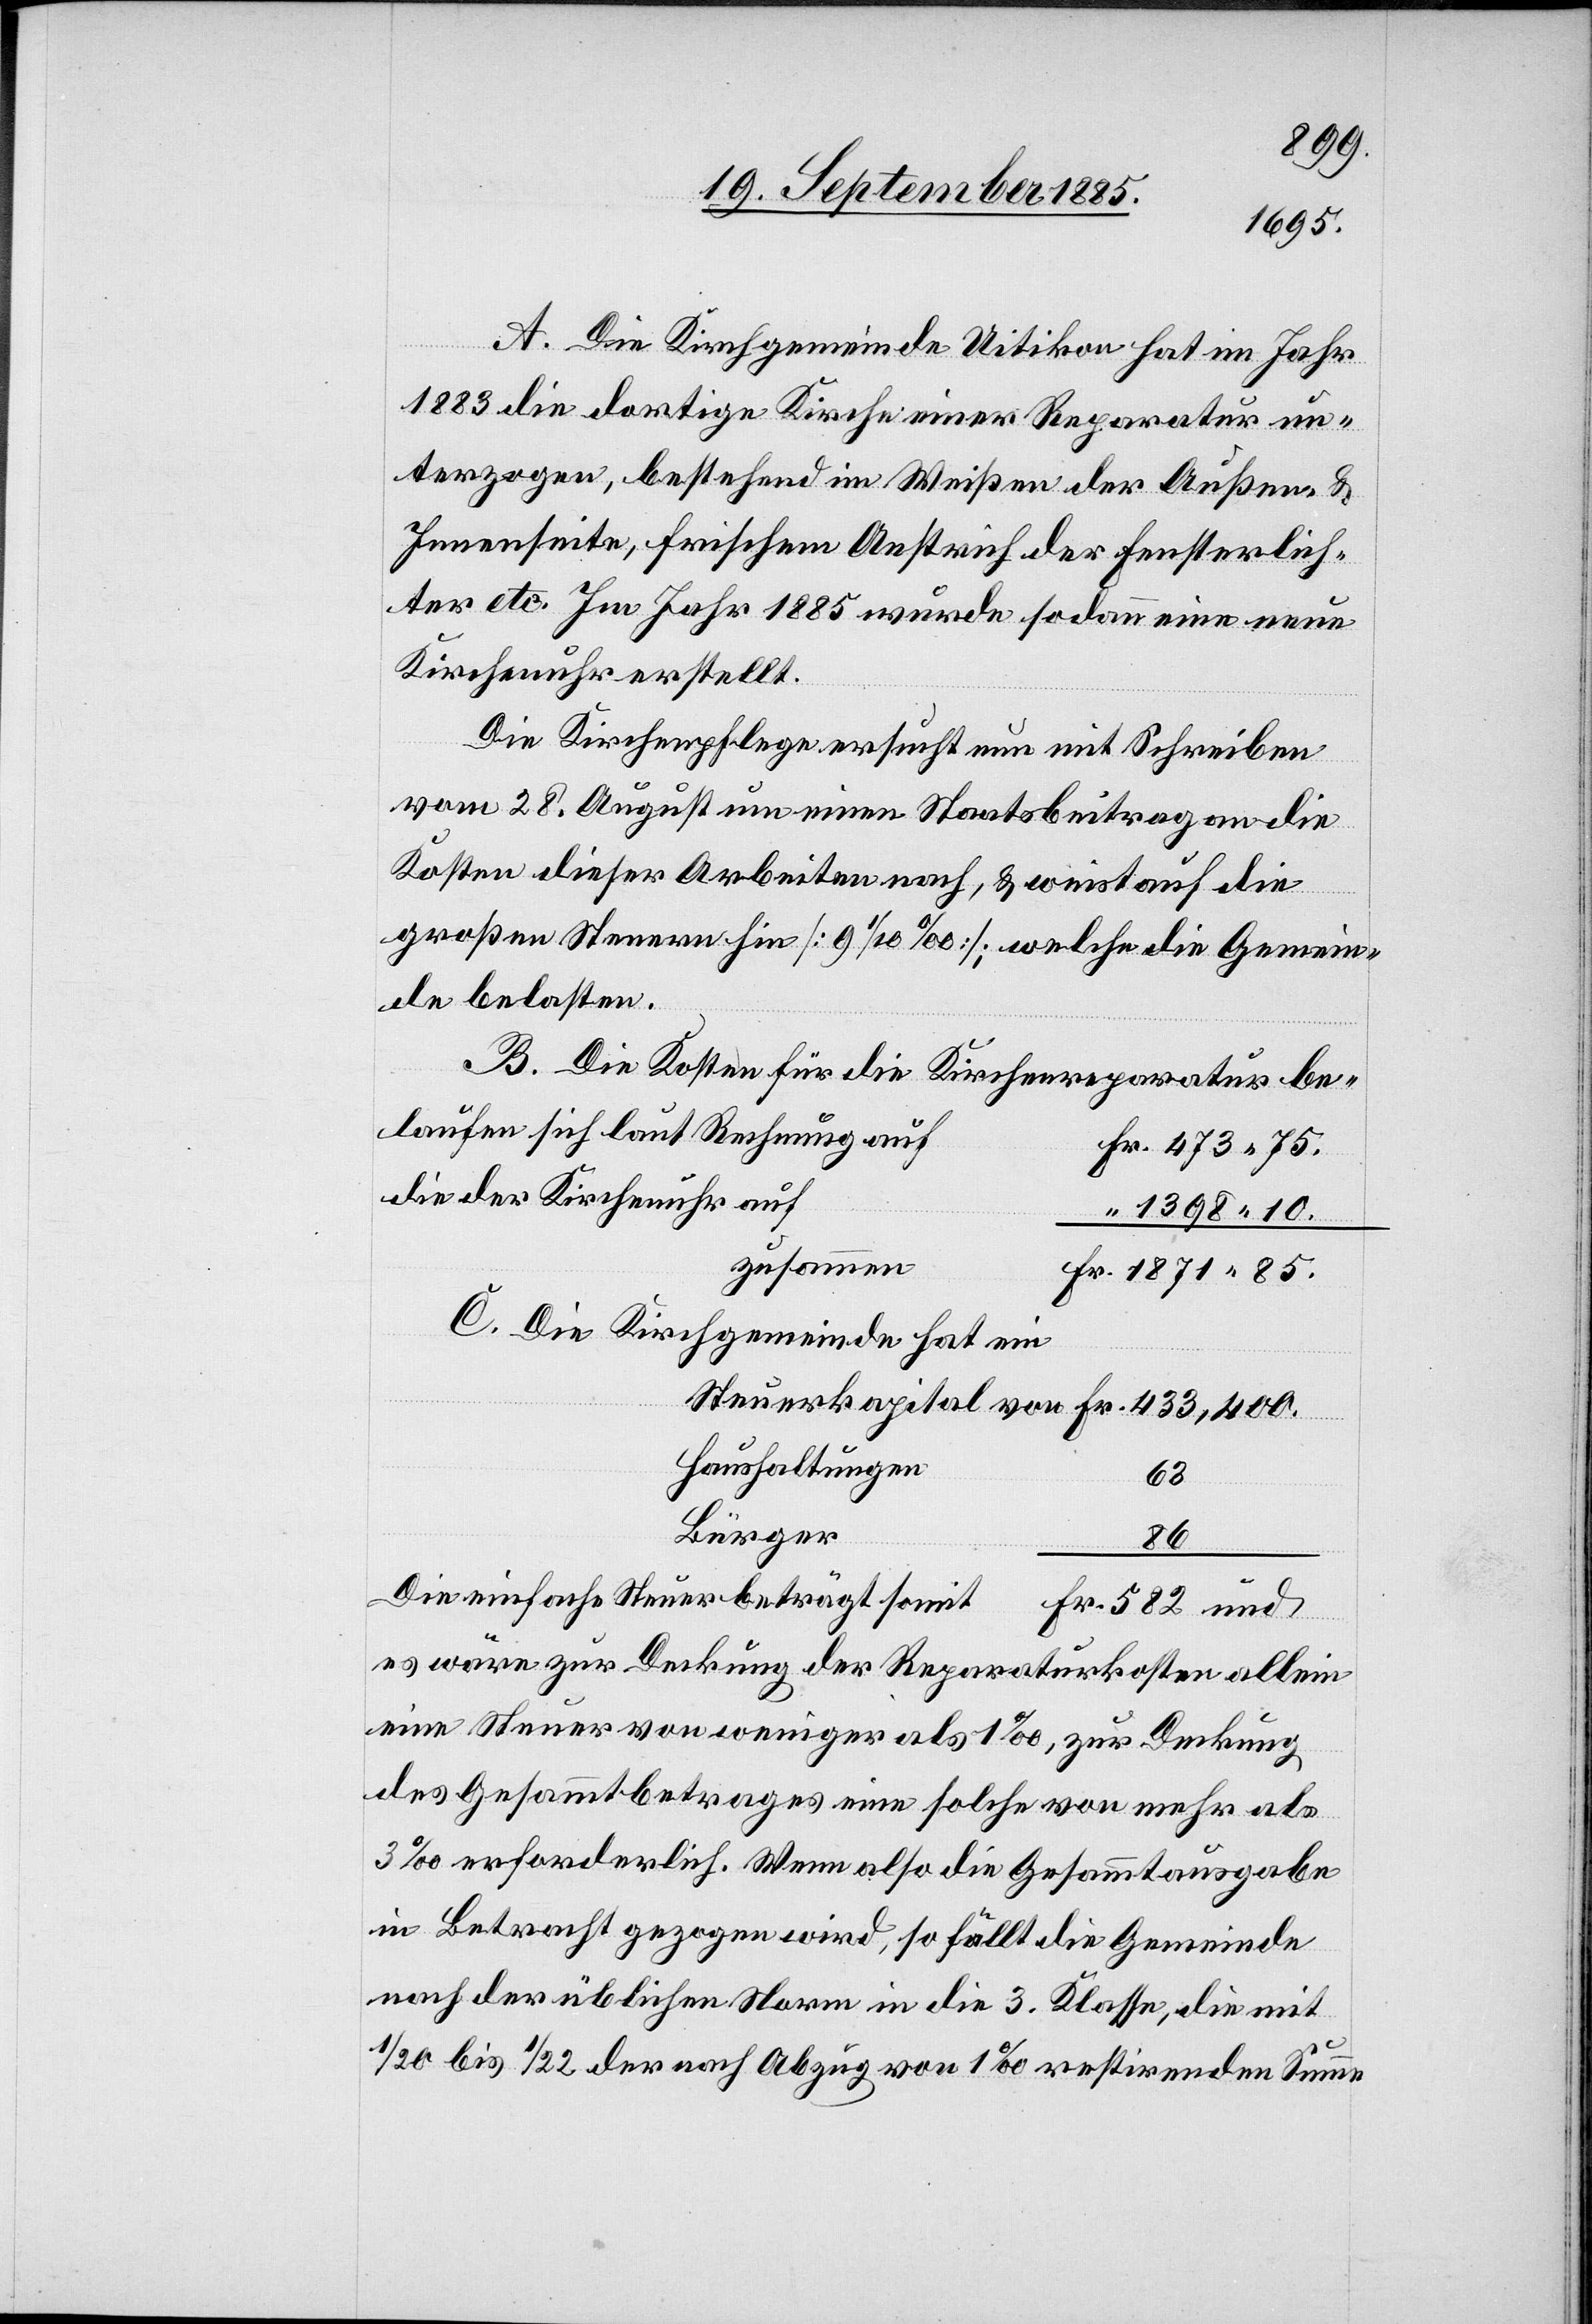
A. Die Kirchgemeinde Uitikon hat im Jahr
1883 die dortige Kirche einer Reparatur un¬
terzogen, bestehend im Weißen der Außen- &
Innenseite, frischem Anstrich der Fensterlich¬
ter etc. Im Jahr 1885 wurde sodann eine neue
Kirchenuhr erstellt.
Die Kirchenpflege ersucht nun mit Schreiben
vom 28. August um einen Staatsbeitrag an die
Kosten dieser Arbeiten nach, & weist auf die
großen Steuern hin [9 1/10‰]; welche die Gemein¬
de belasten.
B. Die Kosten für die Kirchenreparatur
belaufen sich laut Rechnung auf
die der Kirchenuhr auf
zusammen
C. Die Kirchgemeinde hat ein
beträgt
Haushaltungen
63
Bürger
86
und
es wäre zur Deckung der Reparaturkosten allein
eine Steuer von weniger als 1‰, zur Deckung
des Gesammtbetrages eine solche von mehr als
3‰ erforderlich. Wenn also die Gesammtausgabe
in Betracht gezogen wird, so fällt die Gemeinde
nach der üblichen Norm in die 3. Klasse, die mit
582
1/20 bis 1/22 der nach Abzug von 1‰ restirenden Summe